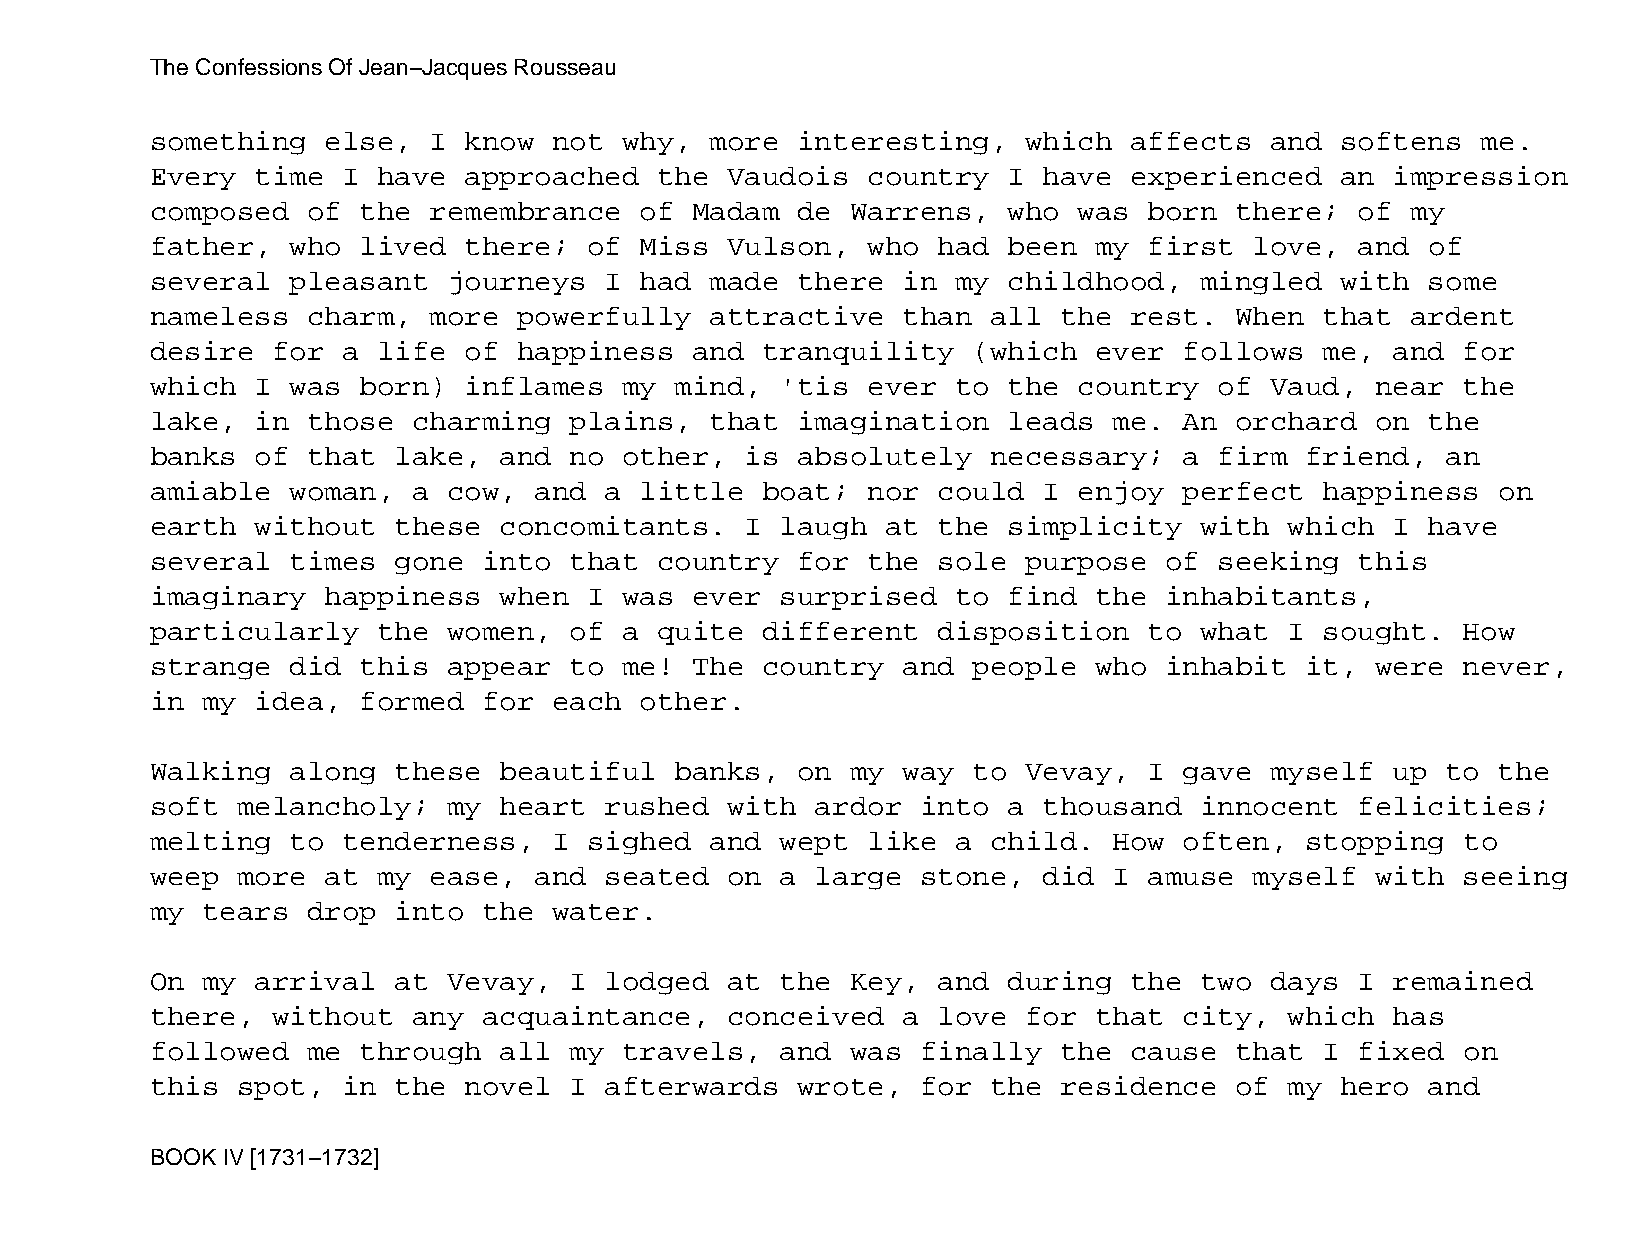
The Confessions Of Jean−Jacques Rousseau
 something   else, I  know  not why,  more  interesting,   which  affects  and  softens  me.
 Every  time  I have  approached   the Vaudois  country   I have  experienced   an impression
 composed  of  the remembrance   of  Madam  de Warrens,   who was  born  there;  of my
 father,  who  lived  there;  of Miss  Vulson,  who  had  been my  first  love,  and  of
 several  pleasant   journeys  I had  made  there  in my  childhood,  mingled   with  some
 nameless  charm,  more  powerfully   attractive   than  all the  rest.  When  that ardent
 desire  for  a life  of happiness   and tranquility   (which  ever  follows   me, and  for
 which  I was  born)  inflames  my  mind,  'tis ever  to  the country   of Vaud,  near  the
 lake,  in those  charming   plains,  that  imagination   leads  me. An  orchard  on  the
 banks  of that  lake,  and  no other,  is  absolutely   necessary;  a  firm friend,   an
 amiable  woman,  a  cow, and  a little  boat;  nor  could  I enjoy  perfect   happiness  on
 earth  without  these  concomitants.   I  laugh  at the  simplicity  with  which  I  have
 several  times  gone  into  that  country  for the  sole  purpose  of  seeking  this
 imaginary   happiness  when  I was  ever  surprised  to  find the  inhabitants,
 particularly   the  women,  of a  quite different   disposition   to what  I  sought.  How
 strange  did  this  appear  to me!  The country   and people  who  inhabit  it,  were  never,
 in my  idea,  formed  for  each other.
 Walking  along  these  beautiful   banks,  on my  way to  Vevay,  I gave  myself  up  to the
 soft  melancholy;   my heart  rushed  with  ardor  into  a thousand  innocent   felicities;
 melting  to  tenderness,   I sighed  and  wept like  a  child.  How often,  stopping   to
 weep  more  at my ease,  and  seated  on  a large  stone,  did  I amuse  myself  with  seeing
 my tears  drop  into  the  water.
 On my  arrival  at  Vevay,  I lodged  at  the Key,  and  during  the two  days  I remained
 there,  without  any  acquaintance,   conceived   a love  for that  city,  which  has
 followed  me  through  all  my travels,   and was  finally  the  cause  that  I fixed  on
 this  spot,  in the  novel  I afterwards   wrote,  for  the residence   of my  hero  and
 BOOK IV [1731−1732]